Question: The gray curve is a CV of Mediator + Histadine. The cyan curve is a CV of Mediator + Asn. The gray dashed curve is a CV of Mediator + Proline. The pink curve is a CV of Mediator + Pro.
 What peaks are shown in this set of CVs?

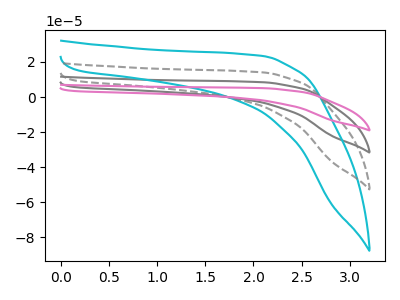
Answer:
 <answer>The gray curve "Mediator + Histadine" has no peaks. The cyan curve "Mediator + Asn" has no peaks. The gray dashed curve "Mediator + Proline" has no peaks. The pink curve "Mediator + Pro" has no peaks.</answer>
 <eval></eval>